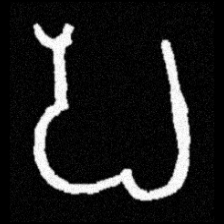
Pyu character \u2014 Myanmar letter: ပ (romanized: pa)